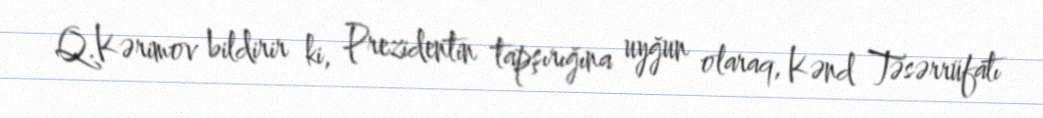
Q.Kərimov bildirir ki, Prezidentin tapşırığına uyğun olaraq, Kənd Təsərrüfatı